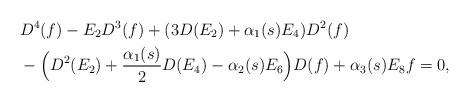
LaTeX: \begin{align*}&D^4(f)-E_2 D^3(f)+(3D(E_2)+\alpha_1(s) E_4)D^2(f)\\&-\Bigl(D^2(E_2)+\frac{\alpha_1(s)}{2}D(E_4)-\alpha_2(s) E_6\Bigr)D(f)+\alpha_3(s) E_8 f=0,\end{align*}